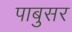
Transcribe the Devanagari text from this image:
पाबुसर